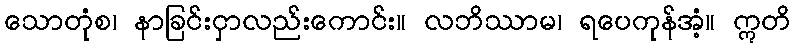
သောတုံစ၊ နာခြင်းငှာလည်းကောင်း။ လဘိဿာမ၊ ရပေကုန်အံ့။ ဣတိ